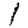
Digit: 1